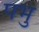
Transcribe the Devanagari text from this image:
पभु